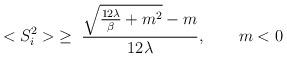
LaTeX: \begin{align*}<S_i^2>\; \ge\; \frac{{\sqrt {\frac{12\lambda}{\beta} + m^2}} - m} {12\lambda}, \qquad m < 0\end{align*}